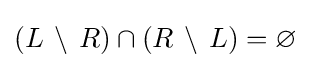
(L\,\setminus \,R)\cap (R\,\setminus \,L)=\varnothing